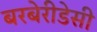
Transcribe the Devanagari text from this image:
बरबेरीडेसी